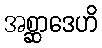
အစ္ဆာဒေဟိ